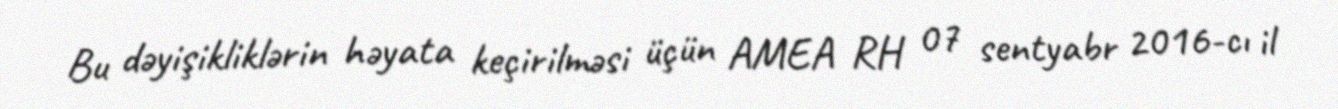
Bu dəyişikliklərin həyata keçirilməsi üçün AMEA RH 07 sentyabr 2016-cı il